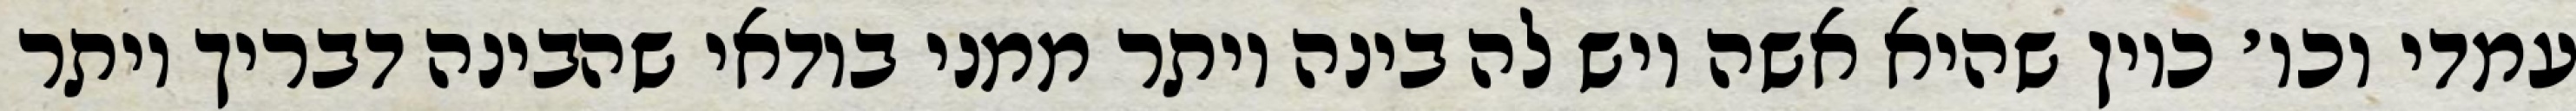
עמדי וכו׳ כיון שהיא אשה ויש לה בינה יותר ממני בודאי שהבינה דבריך יותר